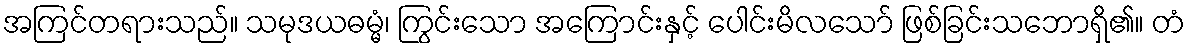
အကြင်တရားသည်။ သမုဒယဓမ္မံ၊ ကြွင်းသော အကြောင်းနှင့် ပေါင်းမိလသော် ဖြစ်ခြင်းသဘောရှိ၏။ တံ